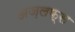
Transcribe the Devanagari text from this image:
अज़लफ्स